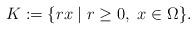
LaTeX: \begin{align*} K:=\{rx\mid r\ge 0, \ x\in \Omega\}. \end{align*}